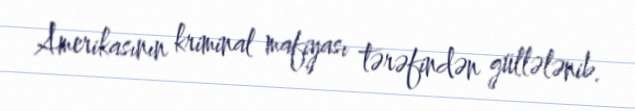
Amerikasının kriminal mafiyası tərəfindən güllələnib.